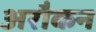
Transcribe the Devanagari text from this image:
अरौकन